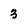
Character: 3